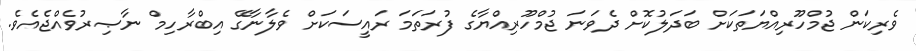
ވެރިކަން ޖުމްހޫރިއްޔަތަކަށް ބަދަލުކޮށް ދެވަނަ ޖުމްހޫރިއްޔާގެ ފުރަތަމަ ރައީސަކަށް ވެލާނާގޭ އިބްރާހިމް ނާޞިރުވެއްޖެއެވެ.